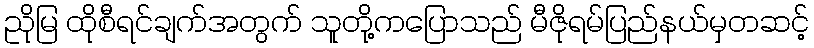
ညိုမြ ထိုစီရင်ချက်အတွက် သူတို့ကပြောသည် မီဇိုရမ်ပြည်နယ်မှတဆင့်